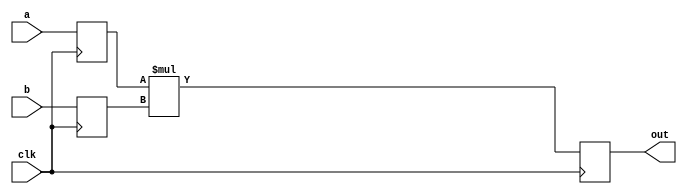
/*
 * Copyright (c) 2014, Aleksander Osman
 * All rights reserved.
 * 
 * Redistribution and use in source and binary forms, with or without
 * modification, are permitted provided that the following conditions are met:
 * 
 * * Redistributions of source code must retain the above copyright notice, this
 *   list of conditions and the following disclaimer.
 * 
 * * Redistributions in binary form must reproduce the above copyright notice,
 *   this list of conditions and the following disclaimer in the documentation
 *   and/or other materials provided with the distribution.
 * 
 * THIS SOFTWARE IS PROVIDED BY THE COPYRIGHT HOLDERS AND CONTRIBUTORS "AS IS"
 * AND ANY EXPRESS OR IMPLIED WARRANTIES, INCLUDING, BUT NOT LIMITED TO, THE
 * IMPLIED WARRANTIES OF MERCHANTABILITY AND FITNESS FOR A PARTICULAR PURPOSE ARE
 * DISCLAIMED. IN NO EVENT SHALL THE COPYRIGHT HOLDER OR CONTRIBUTORS BE LIABLE
 * FOR ANY DIRECT, INDIRECT, INCIDENTAL, SPECIAL, EXEMPLARY, OR CONSEQUENTIAL
 * DAMAGES (INCLUDING, BUT NOT LIMITED TO, PROCUREMENT OF SUBSTITUTE GOODS OR
 * SERVICES; LOSS OF USE, DATA, OR PROFITS; OR BUSINESS INTERRUPTION) HOWEVER
 * CAUSED AND ON ANY THEORY OF LIABILITY, WHETHER IN CONTRACT, STRICT LIABILITY,
 * OR TORT (INCLUDING NEGLIGENCE OR OTHERWISE) ARISING IN ANY WAY OUT OF THE USE
 * OF THIS SOFTWARE, EVEN IF ADVISED OF THE POSSIBILITY OF SUCH DAMAGE.
 */

module simple_mult
#(
   parameter widtha = 1,
   parameter widthb = 1,
   parameter widthp = 2
)
(
    input                           clk,
    input signed    [widtha-1:0]    a,
    input signed    [widthb-1:0]    b,
    output          [widthp-1:0]    out
);

//------------------------------------------------------------------------------

reg signed [widtha-1:0] a_reg;
reg signed [widthb-1:0] b_reg;
reg signed [widthp-1:0] out_1;

assign out = out_1;

wire signed [widthp-1:0] mult_out;
assign mult_out = a_reg * b_reg;

always @ (posedge clk)
begin
    a_reg   <= a;
    b_reg   <= b;
    out_1   <= mult_out;
end

//------------------------------------------------------------------------------

endmodule